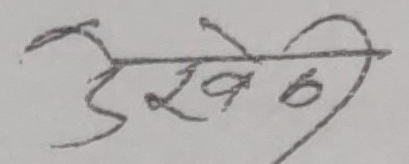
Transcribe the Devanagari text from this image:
उल्लेख